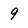
Character: 9